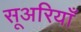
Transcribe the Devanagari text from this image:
सूअरियाँ